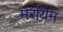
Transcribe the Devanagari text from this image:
मरयिम